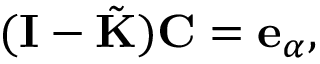
( \mathbf { I } - \tilde { \mathbf { K } } ) \mathbf { C } = \mathbf { e } _ { \alpha } ,